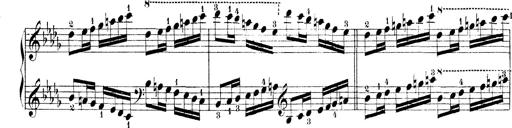
Title: Technische Studien
Composer: Franz Liszt